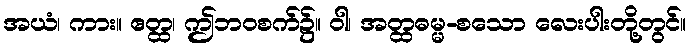
အယံ၊ ကား။ ဧတ္ထ၊ ဤဘဝစက်၌။ ဝါ၊ အတ္ထဓမ္မ-စသော လေးပါးတို့တွင်။